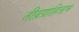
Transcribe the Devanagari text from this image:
तीव्रग्राहिताभ